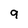
Character: 9